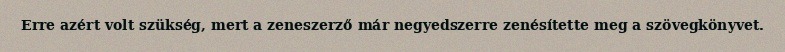
Erre azért volt szükség, mert a zeneszerző már negyedszerre zenésítette meg a szövegkönyvet.